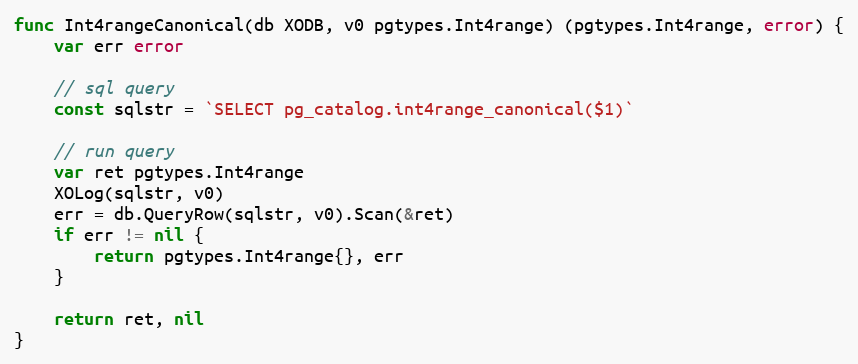
Language: Go
func Int4rangeCanonical(db XODB, v0 pgtypes.Int4range) (pgtypes.Int4range, error) {
	var err error

	// sql query
	const sqlstr = `SELECT pg_catalog.int4range_canonical($1)`

	// run query
	var ret pgtypes.Int4range
	XOLog(sqlstr, v0)
	err = db.QueryRow(sqlstr, v0).Scan(&ret)
	if err != nil {
		return pgtypes.Int4range{}, err
	}

	return ret, nil
}